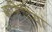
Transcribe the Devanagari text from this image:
कमिटियां